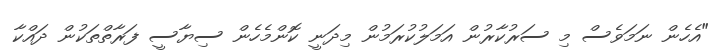
"އެެހެން ނަމަވެސް މި ސަރުކާރުން އަމަލުކުރަމުން މިދަނީ ކޮންމެހެން ސިޔާސީ ފަރާތްތަކުން ދައްކާ